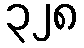
၃၂၈